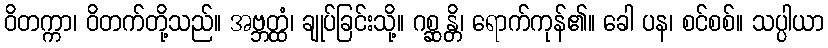
ဝိတက္ကာ၊ ဝိတက်တို့သည်။ အဗ္ဘတ္ထံ၊ ချုပ်ခြင်းသို့။ ဂစ္ဆန္တိ၊ ရောက်ကုန်၏။ ခေါ ပန၊ စင်စစ်။ သပ္ပါယာ